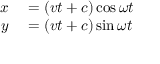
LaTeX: \begin{array} { r l } { x } & { { } = ( v t + c ) \cos \omega t } \\ { y } & { { } = ( v t + c ) \sin \omega t } \end{array}